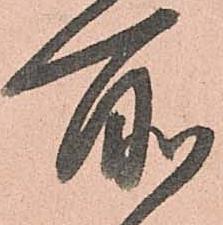
所